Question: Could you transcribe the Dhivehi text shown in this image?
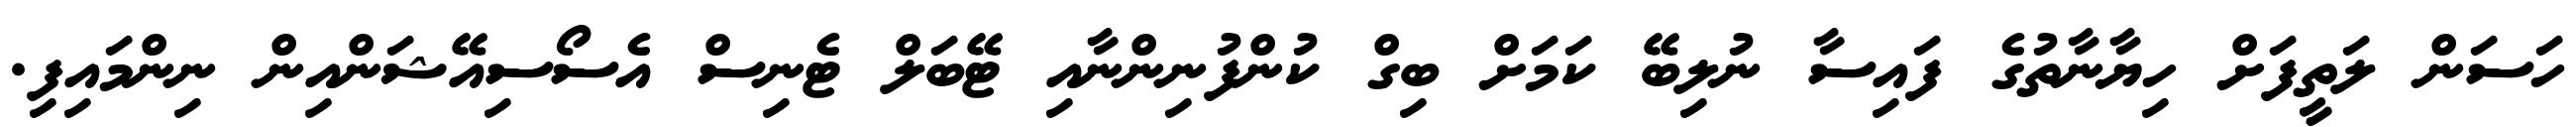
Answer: ހަސަން ލަތީފަށް ހިޔާނާތުގެ ފައިސާ ނުލިބޭ ކަމަށް ބިގް ކުންފުނިންނާއި ޓޭބަލް ޓެނިސް އެސޯސިއޭޝަންއިން ނިންމައިފި.